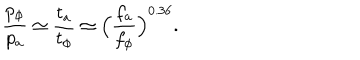
\frac { p _ { \phi } } { p _ { a } } \simeq \frac { t _ { a } } { t _ { \phi } } \simeq \Big ( \frac { f _ { a } } { f _ { \phi } } \Big ) ^ { 0 . 3 6 } .